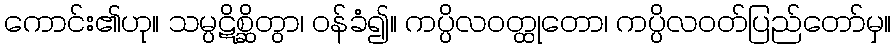
ကောင်း၏ဟု။ သမ္ပဋိစ္ဆိတွာ၊ ဝန်ခံ၍။ ကပ္ပိလဝတ္ထုတော၊ ကပ္ပိလဝတ်ပြည်တော်မှ။